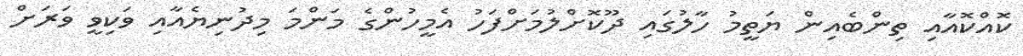
ކޮއްކޮއާއި ތިންބެއިން ޔަތީމު ހާލުގައި ދޫކޮށްލުމަށްފަހު އެމީހުންގެ މަންމަ މިދުނިޔެއާއި ވަކިވީ ވަރަށް